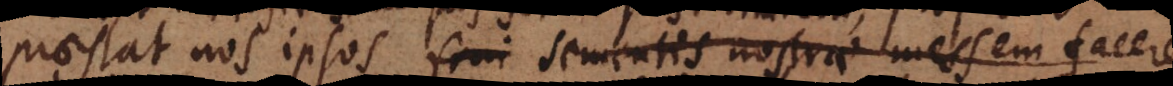
praestat nos ipsos frui sementis nostrae messem facere